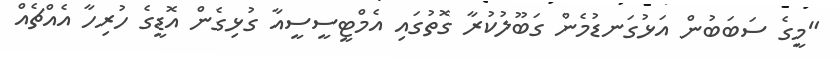
"މީގެ ސަބަބުން އަޅުގަނޑުމެން ގަބޫލުކުރާ ގޮތުގައި އެމްޓީސީސީއާ ގުޅިގެން އޮޑީގެ ހުރިހާ އެއްޗެއް